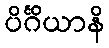
ပိင်္ဂိယာနိ